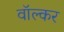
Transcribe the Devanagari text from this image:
वॉल्कर